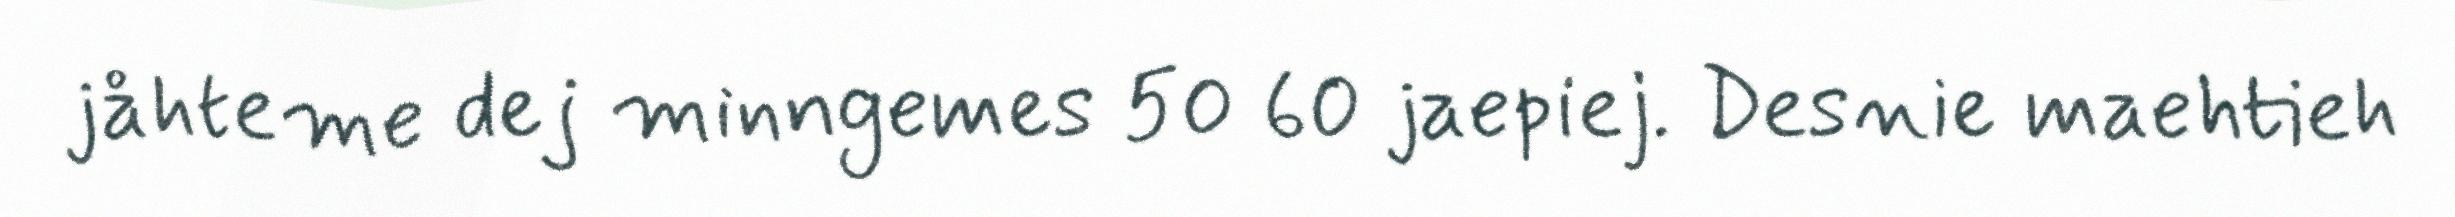
jåhteme dej minngemes 50 60 jaepiej. Desnie maehtieh